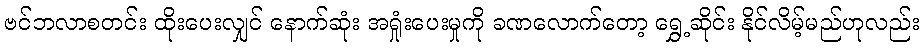
ဗင်ဘလာစတင်း ထိုးပေးလျှင် နောက်ဆုံး အရှုံးပေးမှုကို ခဏလောက်တော့ ရွှေ့ဆိုင်း နိုင်လိမ့်မည်ဟုလည်း